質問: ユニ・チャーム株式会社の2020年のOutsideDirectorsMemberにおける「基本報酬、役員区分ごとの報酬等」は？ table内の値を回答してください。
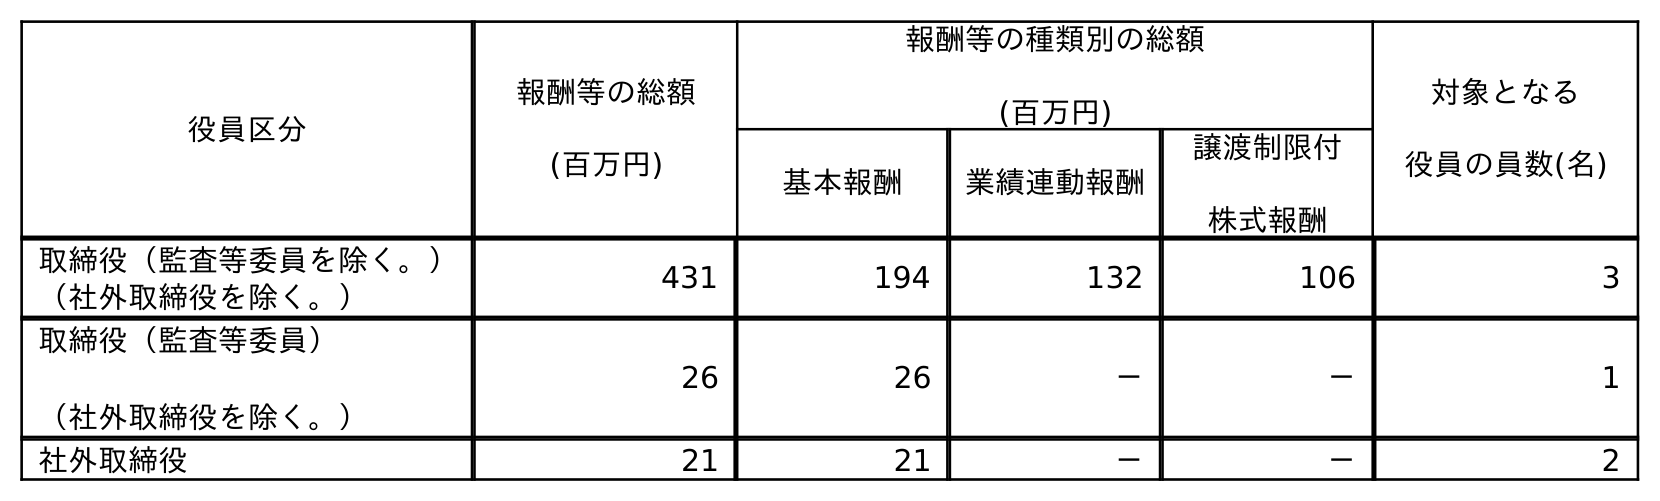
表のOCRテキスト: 役員区分 報酬等の総額 (百万円) 報酬等の種類別の総額 (百万円) 対象となる 役員の員数(名) 基本報酬 業績連動報酬 譲渡制限付 株式報酬 取締役（監査等委員を除く。） （社外取締役を除く。） 431 194 132 106 3 取締役（監査等委員） （社外取締役を除く。） 26 26 － － 1 社外取締役 21 21 － － 2
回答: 21